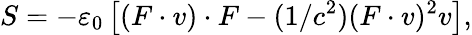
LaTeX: S=-\varepsilon_{0}\left[(F\cdot v)\cdot F-(1/c^{2})(F\cdot v)^{2}v\right],